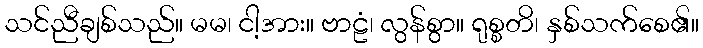
သင်ညီချစ်သည်။ မမ၊ ငါ့အား။ ဗာဠံ၊ လွန်စွာ။ ရုစ္စတိ၊ နှစ်သက်စေ၏။